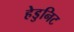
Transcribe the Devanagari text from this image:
हेडुनिट